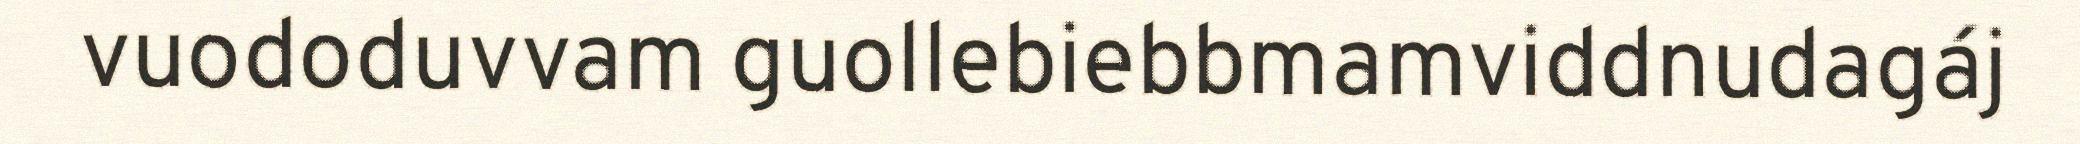
vuododuvvam guollebiebbmamviddnudagáj